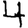
Digit: 4